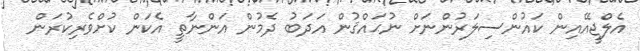
އެލްޖީއޭއިން ކައުންސިލަރުންނަށް ނުޙައްޤުން އަދަބު ދެމުން އަންނާތީ އެކަން ކުށްވެރިކުރަން